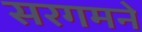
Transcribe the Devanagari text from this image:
सरगमने